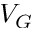
V _ { G }